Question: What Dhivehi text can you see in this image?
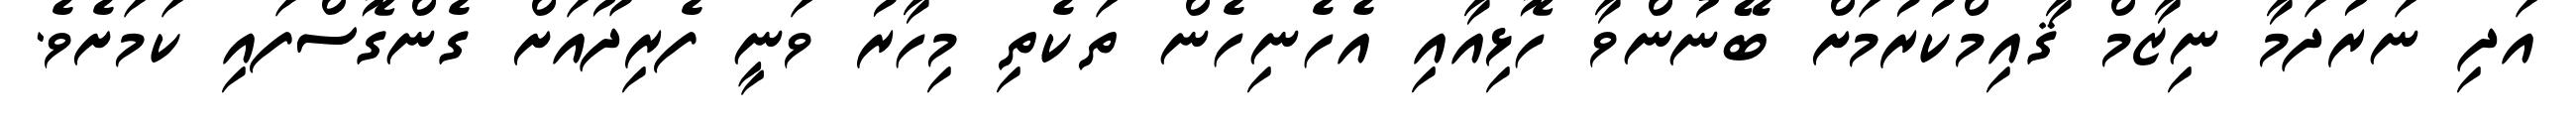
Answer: އަދި ނަރުދަމާ ނިޒާމް ޤާއިމްކުރުމަށް ބޭނުންވާ ހޮޅިއާއި އެހެނިހެން ތަކެތި މިހާރު ވަނީ ފެރިދޫއަށް ގެންގޮސްފައި ކަމަށެވެ.